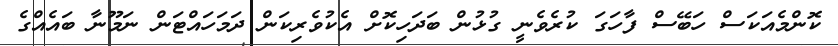
ކޮންމެއަކަސް ހަބޭސް ފާހަގަ ކުރެވެނީ ގުޅުން ބަދަހިކޮށް އެކުވެރިކަން ދަމަހައްޓަން ނަމޫނާ ބައެއްގެ